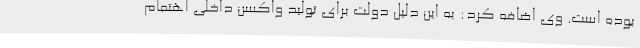
بوده است. وی اضافه کرد: به این دلیل دولت برای تولید واکسن داخلی اهتمام